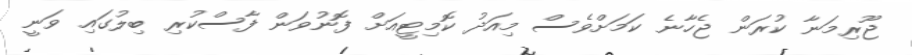
ޖޫރިމަނާ ކުރަން ޖެހާނެ ކަމަށްވެސް މިއަދު ކޮމިޓީއަށް ފޮނުވަން ފާސްކުރި ބިލުގައި ވަނީ